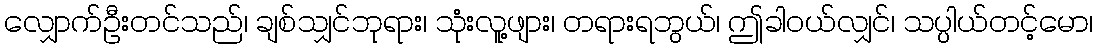
လျှောက်ဦးတင်သည်၊ ချစ်သျှင်ဘုရား၊ သုံးလူ့ဖျား၊ တရားရဘွယ်၊ ဤခါဝယ်လျှင်၊ သပ္ပါယ်တင့်မော၊